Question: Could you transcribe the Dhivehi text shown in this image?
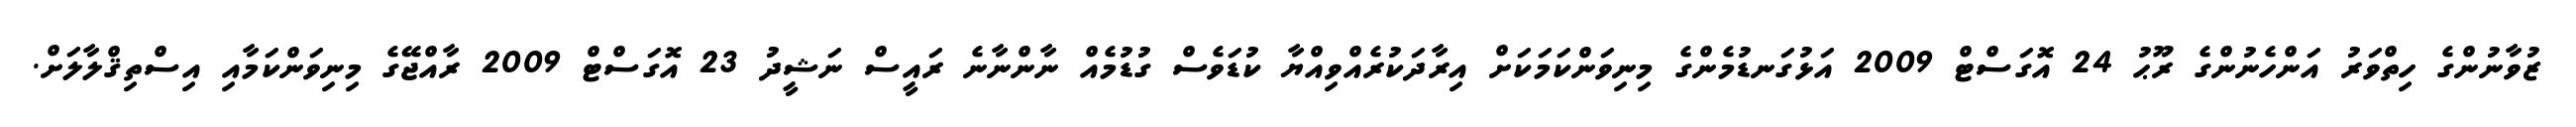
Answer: ޒުވާނުންގެ ހިތްވަރު އަންހެނުންގެ ރޫޙު 24 އޮގަސްޓް 2009 އަޅުގަނޑުމެންގެ މިނިވަންކަމަކަށް އިރާދަކުރެއްވިއްޔާ ކުޑަވެސް ގުޑުމެއް ނާންނާނެ ރައީސް ނަޝީދު 23 އޮގަސްޓް 2009 ރާއްޖޭގެ މިނިވަންކަމާއި އިސްތިޤްލާލަށް.